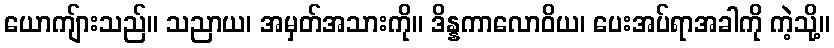
ယောကျ်ားသည်။ သညာယ၊ အမှတ်အသားကို။ ဒိန္နကာလောဝိယ၊ ပေးအပ်ရာအခါကို ကဲ့သို့။